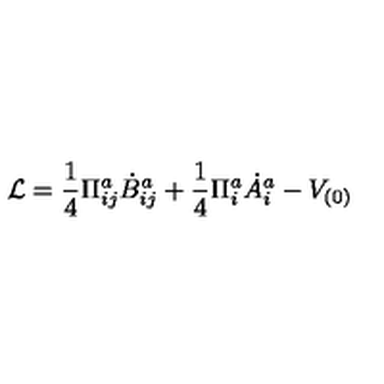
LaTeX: { \cal L } = \frac { 1 } { 4 } \Pi _ { i j } ^ { a } \dot { B } _ { i j } ^ { a } + \frac { 1 } { 4 } \Pi _ { i } ^ { a } \dot { A } _ { i } ^ { a } - V _ { ( 0 ) }